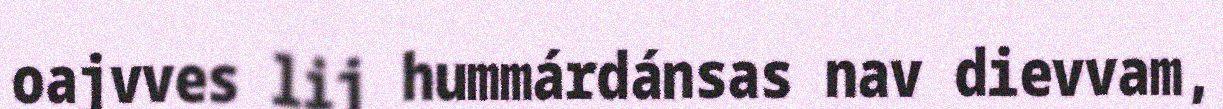
oajvves lij hummárdánsas nav dievvam,